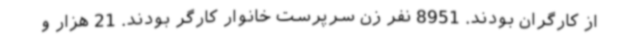
از کارگران بودند. 8951 نفر زن سرپرست خانوار کارگر بودند. 21 هزار و